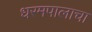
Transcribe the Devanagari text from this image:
धरमपालाचा